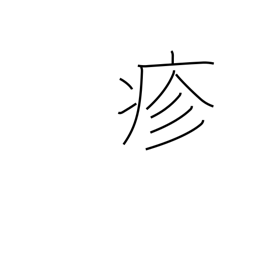
Meaning: sickness